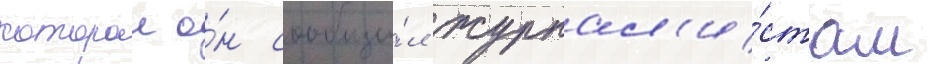
которои о́н сообщи́л журнал'и́стам